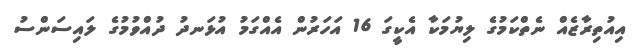
އިއުތިރާޒެއް ނެތްކަމުގެ ލިޔުމަކާ އެކީގަ 16 އަަހަރުން އެއްގަމު އުޅަނދު ދުއްވުމުގެ ލައިސަންސު